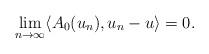
LaTeX: \begin{align*}\lim_{n\rightarrow\infty} \langle A_0(u_n), u_n - u \rangle = 0.\end{align*}